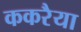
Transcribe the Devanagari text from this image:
ककरैया